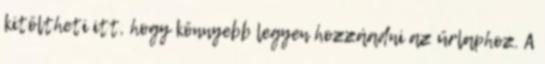
kitöltheti itt, hogy könnyebb legyen hozzáadni az űrlaphoz. A